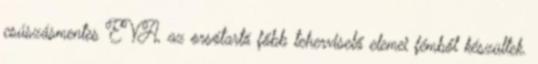
csúszásmentes EVA, az orsótartó főbb teherviselő elemei fémből készültek.